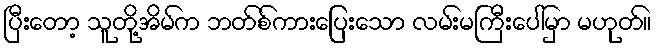
ပြီးတော့ သူတို့အိမ်က ဘတ်စ်ကားပြေးသော လမ်းမကြီးပေါ်မှာ မဟုတ်။